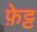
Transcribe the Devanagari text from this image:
फ़ेट्ट